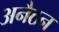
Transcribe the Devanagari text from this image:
अनैठन